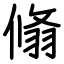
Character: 翛